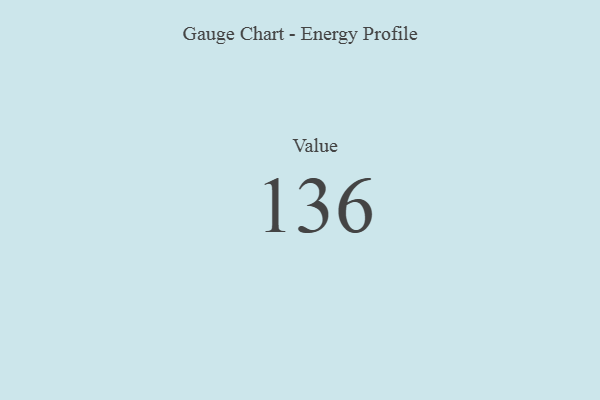
{"axis": {"x": "Metric", "y": "Value"}, "legend": [""], "data": [{"x": "Value", "y": 136, "type": ""}]}